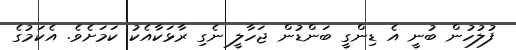
ފުލުހުން ބުނީ އެ ޑިންގީ ބަންޑުން ޖަހާލީ ނެގި ރާޅަކާއެކު ކަމަށެވެ. އެކަމުގެ